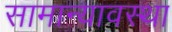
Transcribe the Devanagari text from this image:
सामान्यावस्था